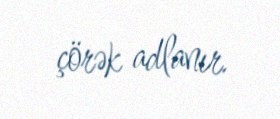
çörək adlanır.